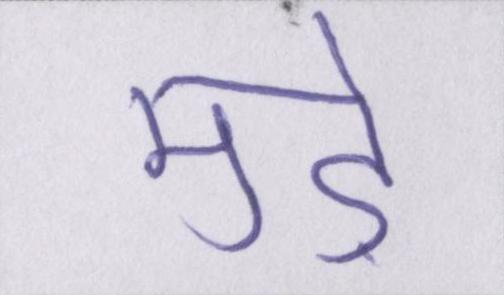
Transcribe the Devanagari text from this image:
मुड़े